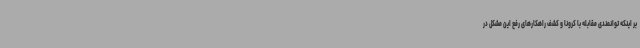
بر اینکه توانمندی مقابله با کرونا و کشف راهکارهای رفع این مشکل در